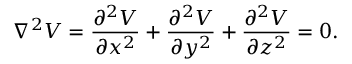
\nabla ^ { 2 } V = { \frac { \partial ^ { 2 } V } { \partial x ^ { 2 } } } + { \frac { \partial ^ { 2 } V } { \partial y ^ { 2 } } } + { \frac { \partial ^ { 2 } V } { \partial z ^ { 2 } } } = 0 .